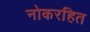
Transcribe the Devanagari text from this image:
नोकरहित